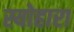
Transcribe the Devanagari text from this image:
स्योहारा